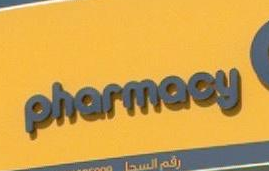
pharmacy